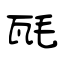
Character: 瓱